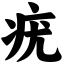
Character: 疣